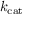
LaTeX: k _ { \mathrm { { c a t } } }